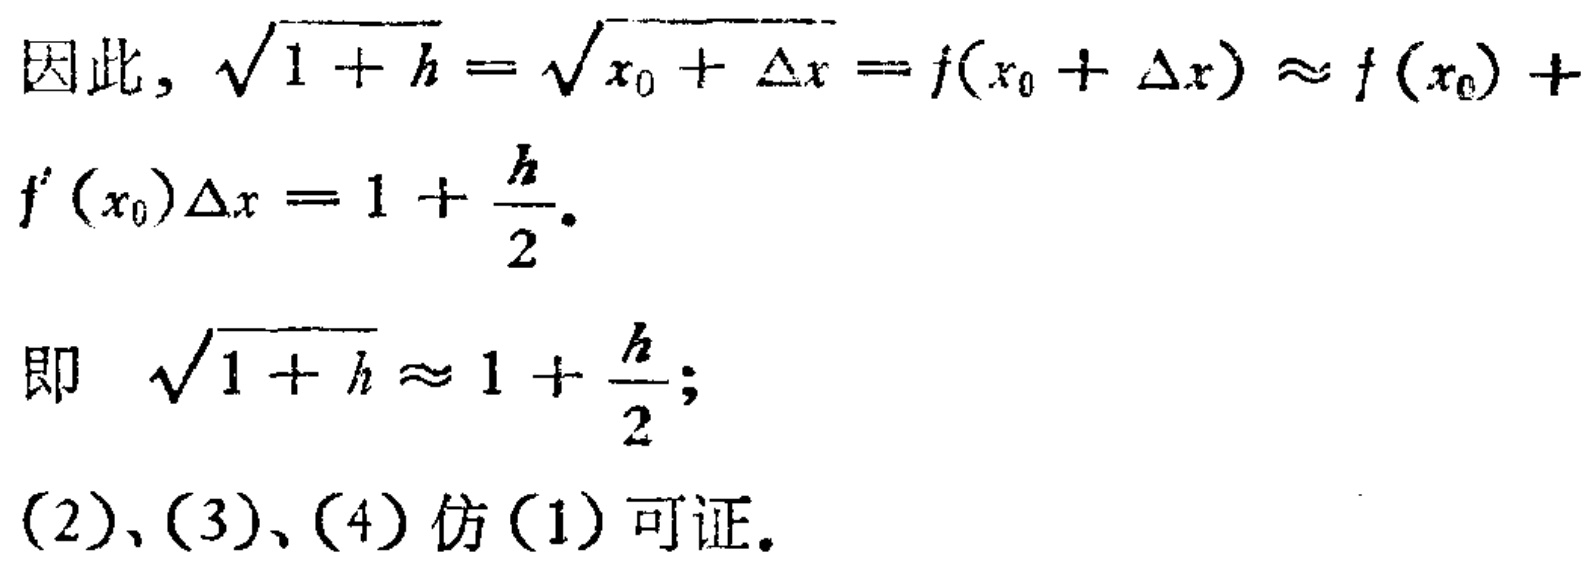
因此, $\sqrt{1 + h}=\sqrt{x_{0}+\Delta x}=f(x_{0}+\Delta x)\approx f(x_{0})+f^{\prime}(x_{0})\Delta x = 1+\frac{h}{2}$.
即 $\sqrt{1 + h}\approx 1+\frac{h}{2}$;
(2)、(3)、(4) 仿 (1) 可证.